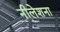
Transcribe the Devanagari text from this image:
नीलेशना